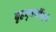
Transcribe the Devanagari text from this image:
बृहद्त्रयींतले